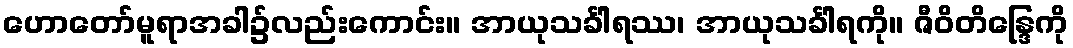
ဟောတော်မူရာအခါ၌လည်းကောင်း။ အာယုသင်္ခါရဿ၊ အာယုသင်္ခါရကို။ ဇီဝိတိန္ဒြေကို